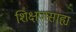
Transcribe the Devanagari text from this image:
शिक्षणसाह्य